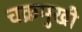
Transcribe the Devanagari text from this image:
चक्रमुखी